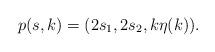
LaTeX: \begin{align*}p(s,k)=(2s_1,2s_2,k\eta(k)).\end{align*}